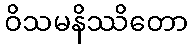
ဝိသမနိဿိတော